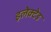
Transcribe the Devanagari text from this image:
इलेक्टेड